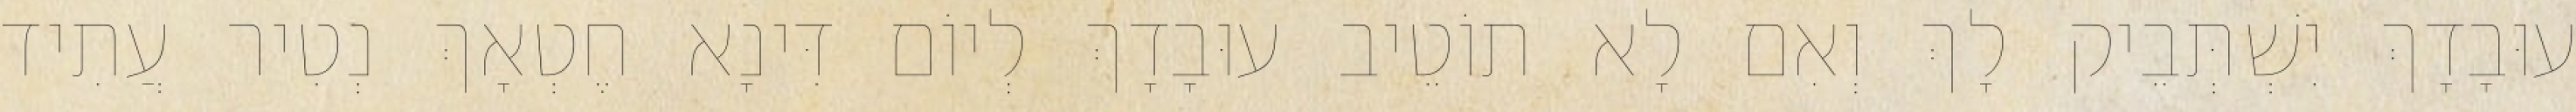
עוּבָדָךְ יִשְׁתְּבֵיק לָךְ וְאִם לָא תוֹטֵיב עוּבָדָךְ לְיוֹם דִּינָא חֶטְאָךְ נְטִיר עֲתִיד